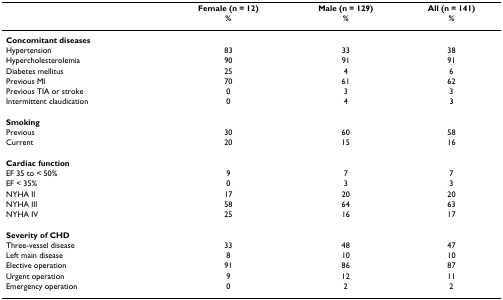
|  | Female (n = 12)% | Male (n = 129)% | All (n = 141)% |
 | --- | --- | --- | --- |
 | Concomitant diseases |  |  |  |
 | Hypertension | 83 | 33 | 38 |
 | Hypercholesterolemia | 90 | 91 | 91 |
 | Diabetes mellitus | 25 | 4 | 6 |
 | Previous MI | 70 | 61 | 62 |
 | Previous TIA or stroke | 0 | 3 | 3 |
 | Intermittent claudication | 0 | 4 | 3 |
 | Smoking |  |  |  |
 | Previous | 30 | 60 | 58 |
 | Current | 20 | 15 | 16 |
 | Cardiac function |  |  |  |
 | EF 35 to < 50% | 9 | 7 | 7 |
 | EF < 35% | 0 | 3 | 3 |
 | NYHA II | 17 | 20 | 20 |
 | NYHA III | 58 | 64 | 63 |
 | NYHA IV | 25 | 16 | 17 |
 | Severity of CHD |  |  |  |
 | Three-vessel disease | 33 | 48 | 47 |
 | Left main disease | 8 | 10 | 10 |
 | Elective operation | 91 | 86 | 87 |
 | Urgent operation | 9 | 12 | 11 |
 | Emergency operation | 0 | 2 | 2 |